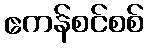
ဧကန်စင်စစ်